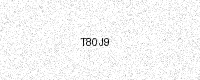
Text: T80J9